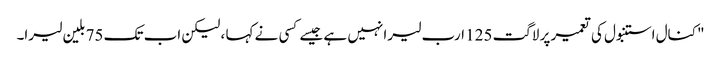
"کنال استنبول کی تعمیر پر لاگت 125 ارب لیرا نہیں ہے جیسے کسی نے کہا ، لیکن اب تک 75 بلین لیرا۔